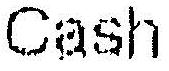
CASH